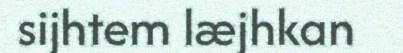
sijhtem læjhkan